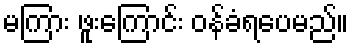
မကြား ဖူးကြောင်း ဝန်ခံရပေမည်။